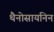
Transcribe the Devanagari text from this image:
थैनोसायनिन